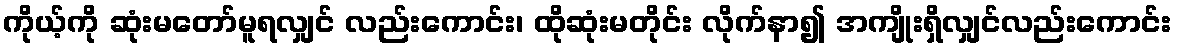
ကိုယ့်ကို ဆုံးမတော်မူရလျှင် လည်းကောင်း၊ ထိုဆုံးမတိုင်း လိုက်နာ၍ အကျိုးရှိလျှင်လည်းကောင်း